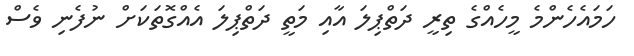
ހަމައެހެންމެ މީހެއްގެ ތިރީ ދަތްޕިލަ އާއި މަތީ ދަތްޕިލަ އެއްގޮތަކަށް ނުފެނި ވެސް